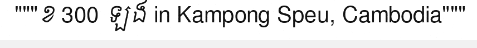
"""ខ 300 ឡង in Kampong Speu, Cambodia"""